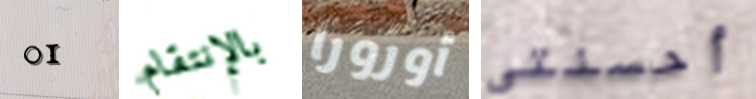
01 بالإنتقام أورورا أحسنتي